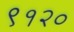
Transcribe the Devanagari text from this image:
९१२०